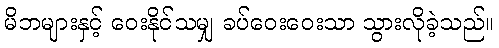
မိဘများနှင့် ဝေးနိုင်သမျှ ခပ်ဝေးဝေးသာ သွားလိုခဲ့သည်။